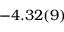
- 4 . 3 2 ( 9 )